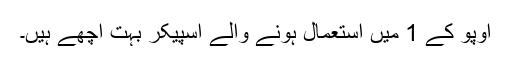
اوپو کے 1 میں استعمال ہونے والے اسپیکر بہت اچھے ہیں۔